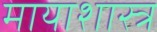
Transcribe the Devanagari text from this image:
मायाशास्त्र